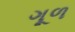
ગૂળ